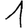
Digit: 1